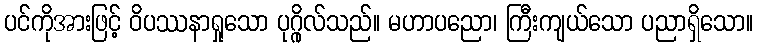
ပင်ကိုအားဖြင့် ဝိပဿနာရှုသော ပုဂ္ဂိုလ်သည်။ မဟာပညော၊ ကြီးကျယ်သော ပညာရှိသော။